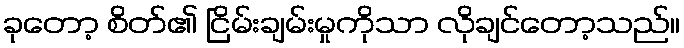
ခုတော့ စိတ်၏ ငြိမ်းချမ်းမှုကိုသာ လိုချင်တော့သည်။